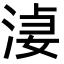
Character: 𣷑